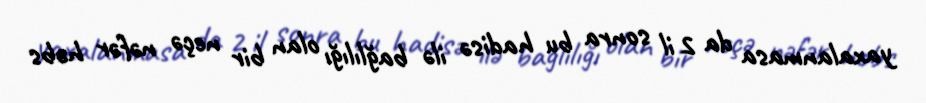
yaxalanmasa da 2 il sonra bu hadisə ilə bağlılığı olan bir neçə nəfər həbs